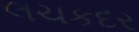
લચકદર